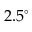
2 . 5 ^ { \circ }